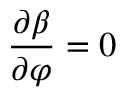
\displaystyle \frac { \partial \beta } { \partial \varphi } = 0